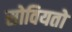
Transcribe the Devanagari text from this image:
सोवियतो